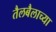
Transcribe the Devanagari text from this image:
तैलबैलाच्या